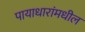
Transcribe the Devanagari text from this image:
पायाधारांमधील